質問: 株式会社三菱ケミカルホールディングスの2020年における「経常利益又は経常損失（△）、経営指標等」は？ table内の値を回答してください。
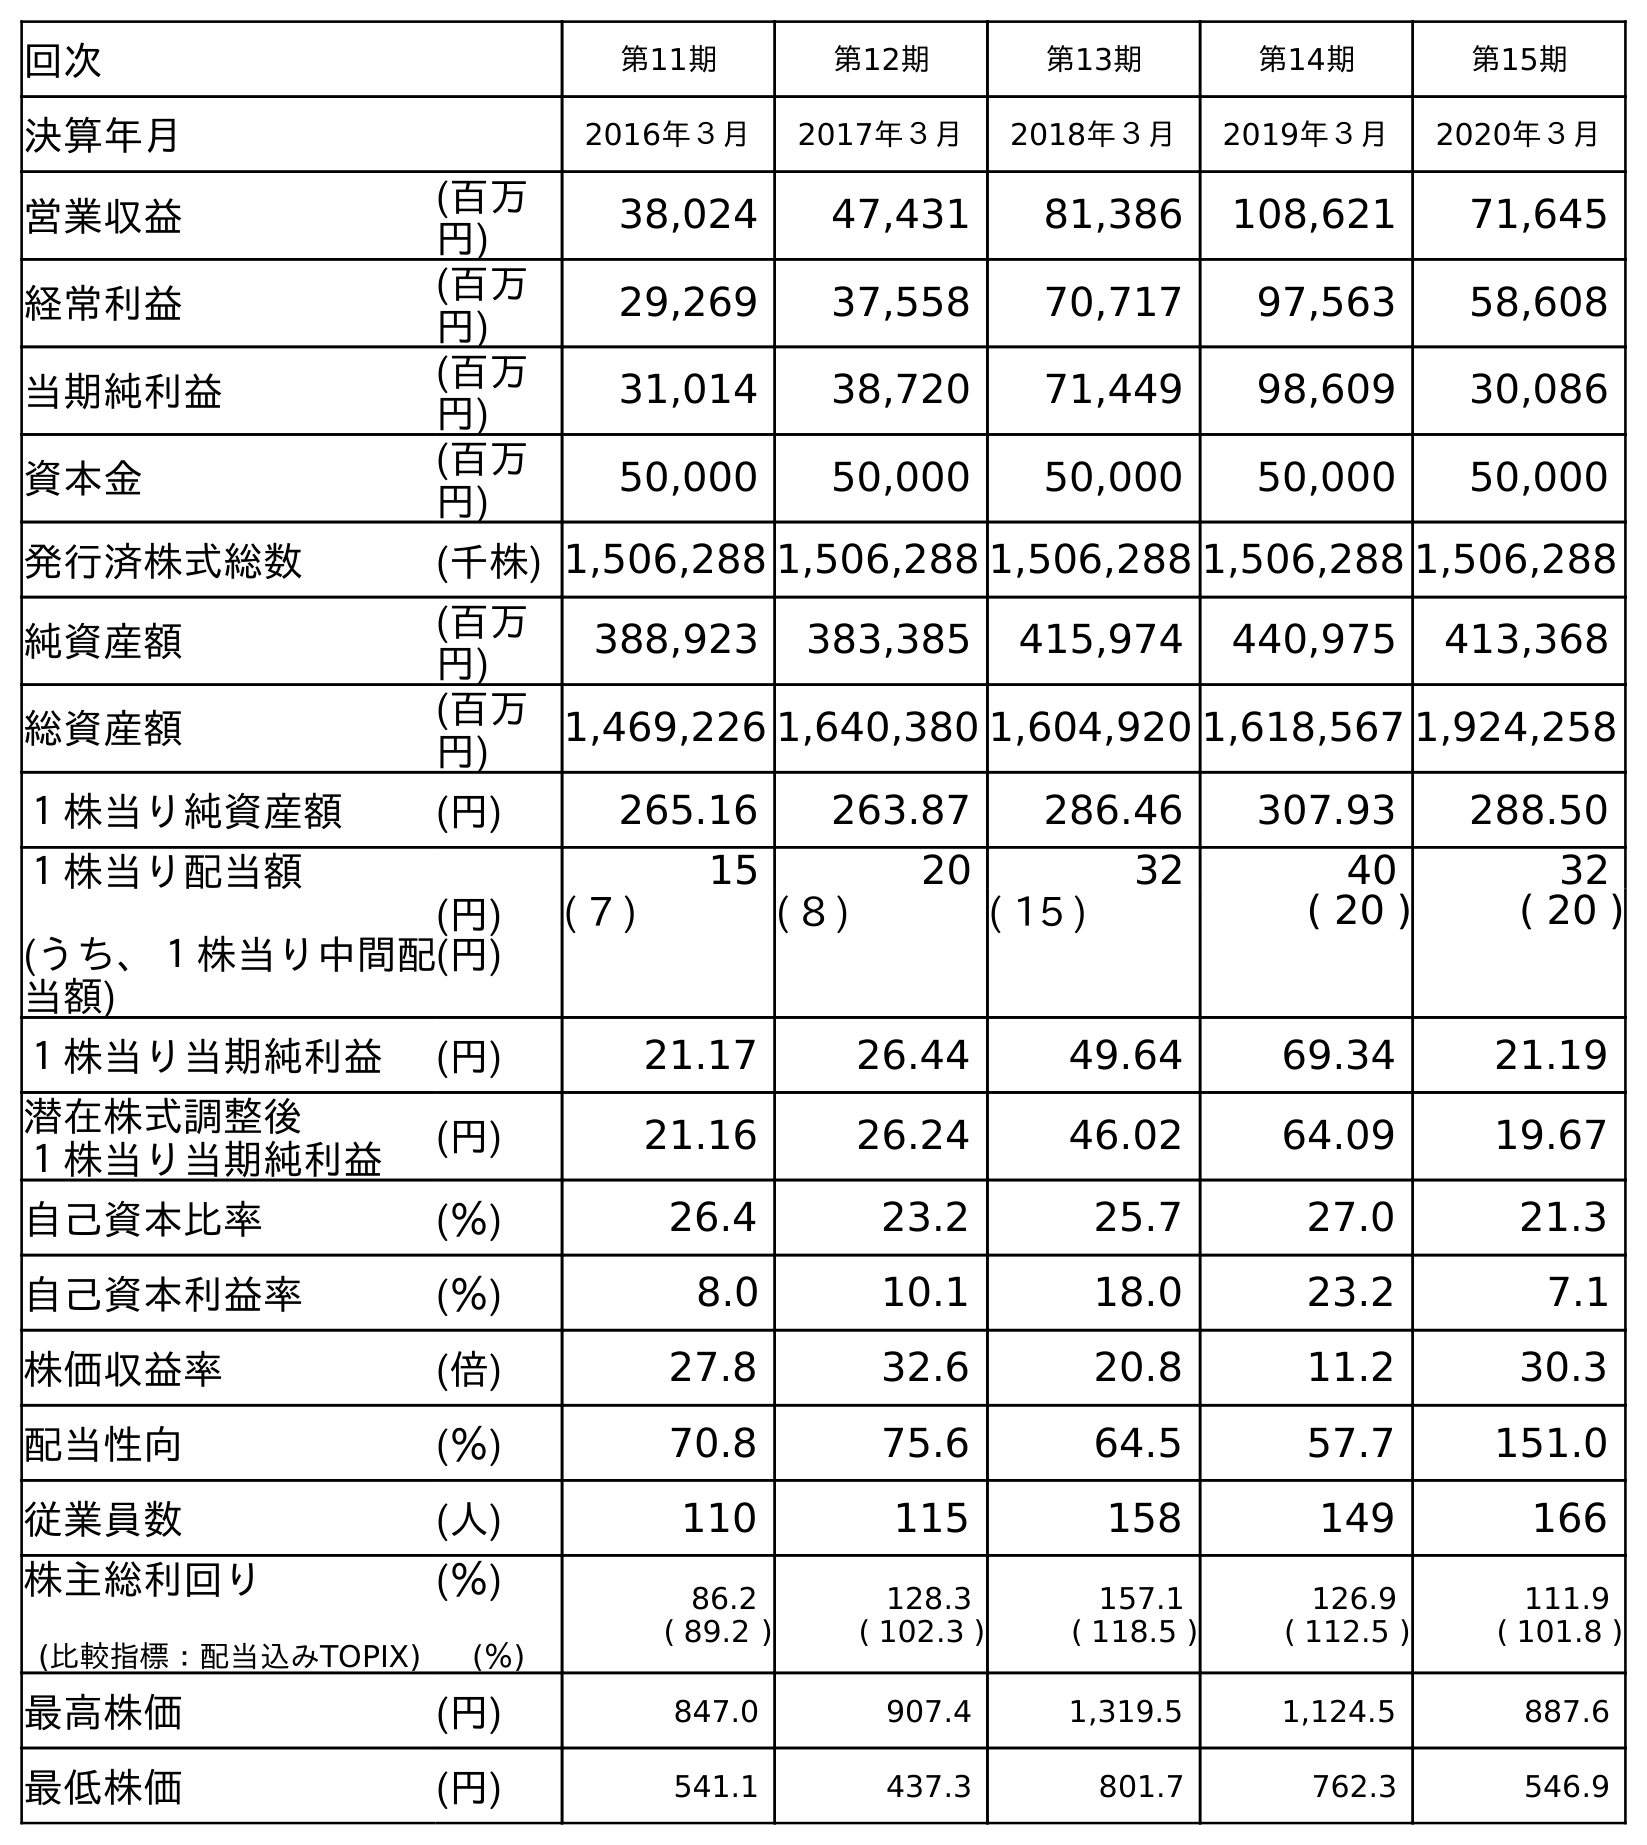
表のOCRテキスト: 回次 第11期 第12期 第13期 第14期 第15期 決算年月 2016年３月 2017年３月 2018年３月 2019年３月 2020年３月 営業収益 (百万 円) 38,024 47,431 81,386 108,621 71,645 経常利益 (百万 円) 29,269 37,558 70,717 97,563 58,608 当期純利益 (百万 円) 31,014 38,720 71,449 98,609 30,086 資本金 (百万 円) 50,000 50,000 50,000 50,000 50,000 発行済株式総数 (千株) 1,506,288 1,506,288 1,506,288 1,506,288 1,506,288 純資産額 (百万 円) 388,923 383,385 415,974 440,975 413,368 総資産額 (百万 円) 1,469,226 1,640,380 1,604,920 1,618,567 1,924,258 １株当り純資産額 (円) 265.16 263.87 286.46 307.93 288.50 １株当り配当額 (うち、１株当り中間配 当額) (円) (円) 15 20 32 40 32 ( 7 ) ( 8 ) ( 15 ) ( 20 ) ( 20 ) １株当り当期純利益 (円) 21.17 26.44 49.64 69.34 21.19 潜在株式調整後 １株当り当期純利益 (円) 21.16 26.24 46.02 64.09 19.67 自己資本比率 (％) 26.4 23.2 25.7 27.0 21.3 自己資本利益率 (％) 8.0 10.1 18.0 23.2 7.1 株価収益率 (倍) 27.8 32.6 20.8 11.2 30.3 配当性向 (％) 70.8 75.6 64.5 57.7 151.0 従業員数 (人) 110 115 158 149 166 株主総利回り (比較指標：配当込みTOPIX) (％) (％) 86.2 ( 89.2 ) 128.3 ( 102.3 ) 157.1 ( 118.5 ) 126.9 ( 112.5 ) 111.9 ( 101.8 ) 最高株価 (円) 847.0 907.4 1,319.5 1,124.5 887.6 最低株価 (円) 541.1 437.3 801.7 762.3 546.9
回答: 58,608